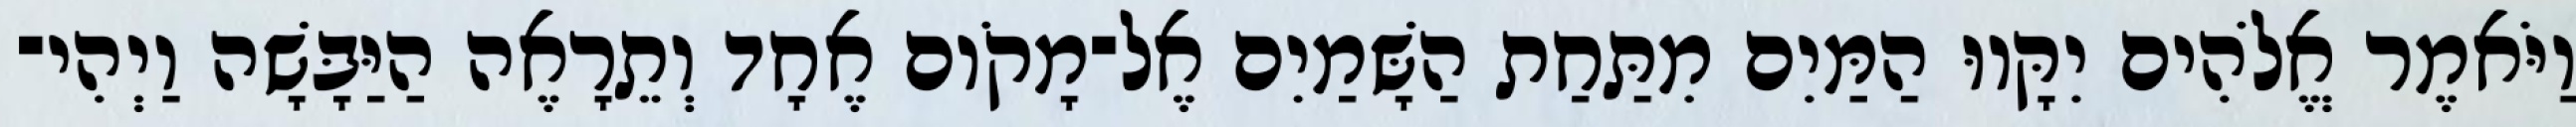
וַיֹּאמֶר אֱלֹהִים יִקָּווּ הַמַּיִם מִתַּחַת הַשָּׁמַיִם אֶל־מָקֹום אֶחָד וְתֵרָאֶה הַיַּבָּשָׁה וַיְהִי־